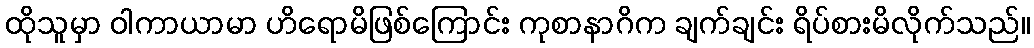
ထိုသူမှာ ဝါကာယာမာ ဟိရောမိဖြစ်ကြောင်း ကုစာနာဂိက ချက်ချင်း ရိပ်စားမိလိုက်သည်။